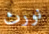
نورث